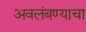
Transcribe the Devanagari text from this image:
अवलंबण्याचा